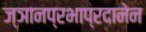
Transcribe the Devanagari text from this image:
ज्ञानप्रभाप्रदानेन